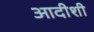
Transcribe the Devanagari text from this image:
आदीशी